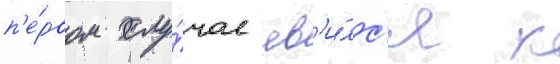
п'е́рвом слу́чае яв'и́лс'я к